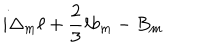
i \Delta _ { m } \ell + { \frac { 2 } { 3 } } \ell b _ { m } - B _ { m }